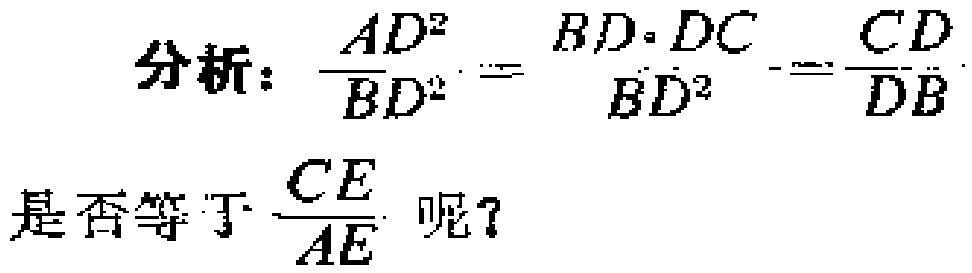
分析：$\frac{AD^{2}}{BD^{2}}=\frac{BD\cdot DC}{BD^{2}}=\frac{CD}{DB}$
是否等于$\frac{CE}{AE}$呢？